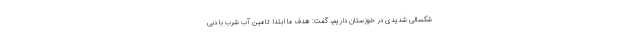
شکسالی شدیدی در خوزستان داریم، گفت: هدف ما ابتدا تامین آب شرب با دبی